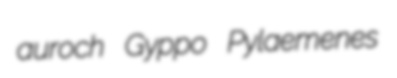
auroch Gyppo Pylaemenes